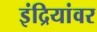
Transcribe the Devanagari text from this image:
इंद्रियांवर